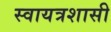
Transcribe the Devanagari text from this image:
स्वायत्रशासी